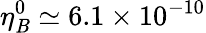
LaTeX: \eta_{\mathit{B}}^{0}\simeq6.1\times10^{-10}